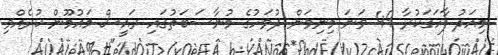
މިއަދު ފާހަގަކުރާ 49 ވަނަ މިނިވަން ދުވަހުގެ މުނާސަބަތުގައި ރައީސް މައުމޫން ކުރެއްވި